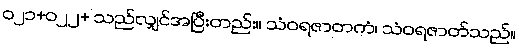
၀၂၁+၀၂၂+ သည်လျှင်အပြီးတည်း။ သံဝရဇာတကံ၊ သံဝရဇာတ်သည်။